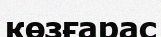
көзғарас